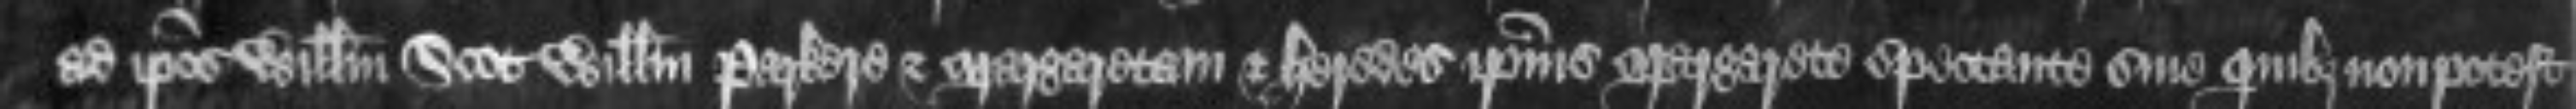
ad ipsos Willelmum Scot Willelmum Parkere et Margaretam et heredes ipsius Margarete spectante sine quibus non potest